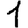
Digit: 1